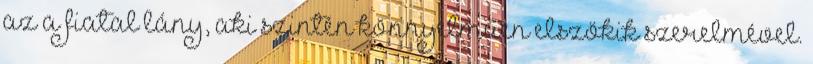
az a fiatal lány, aki szintén könnyelműen elszökik szerelmével.